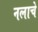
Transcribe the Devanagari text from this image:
नलाचे